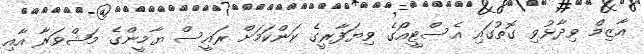
އާޒިމް ވިދާޅުވި ގޮތުގައި އެސްޓީއޯގެ ވިޔަފާރީގެ ކަންކަމަށް ރައީސް ޔާމީންގެ މަޝްވަރާ އާއި